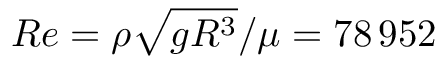
R e = \rho \sqrt { g R ^ { 3 } } / \mu = 7 8 \, 9 5 2